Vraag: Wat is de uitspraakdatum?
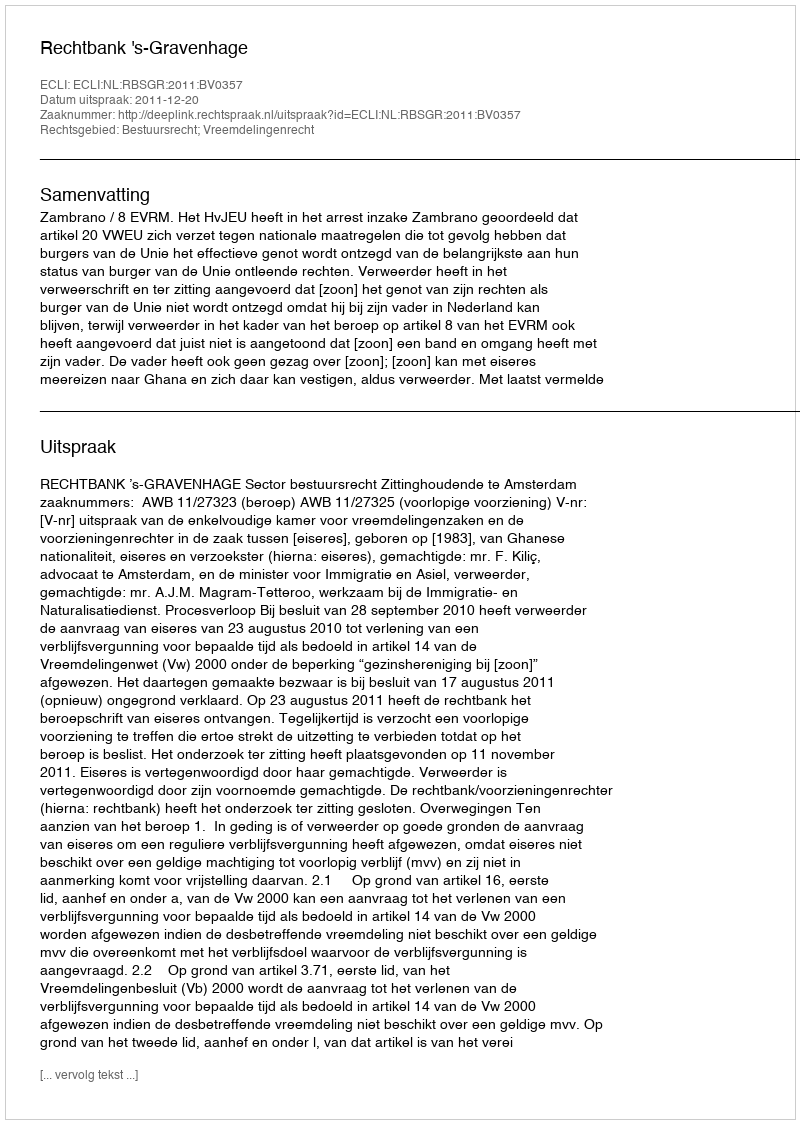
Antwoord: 2011-12-20